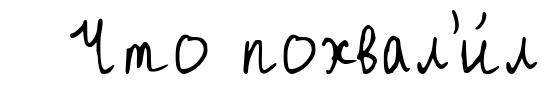
Что похвал'и́л